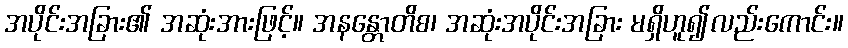
အပိုင်းအခြား၏ အဆုံးအားဖြင့်။ အနန္တောတိစ၊ အဆုံးအပိုင်းအခြား မရှိဟူ၍လည်းကောင်း။